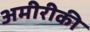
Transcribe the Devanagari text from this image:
अमीरीकी